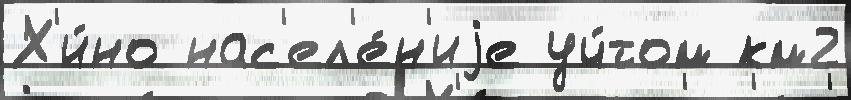
Х'и́но нас'ел'е́н'иjе уч́том км2